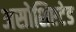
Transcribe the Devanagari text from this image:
असोशिएटेड